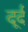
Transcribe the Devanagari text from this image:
दूर्द